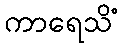
ကာရေသိံ